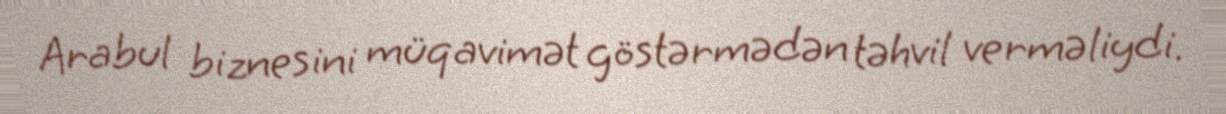
Arabul biznesini müqavimət göstərmədən təhvil verməliydi.